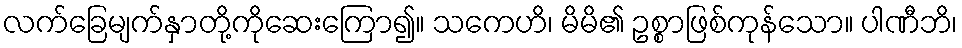
လက်ခြေမျက်နှာတို့ကိုဆေးကြော၍။ သကေဟိ၊ မိမိ၏ ဥစ္စာဖြစ်ကုန်သော။ ပါဏီဘိ၊